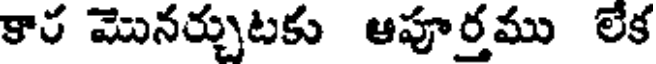
కార మొనర్చుటకు ఆపూర్తము లేక